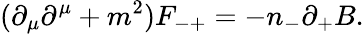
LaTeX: ({\partial}_{\mu}{\partial}^{\mu}+m^{2})F_{-+}=-n_{-}{\partial}_{+}B.